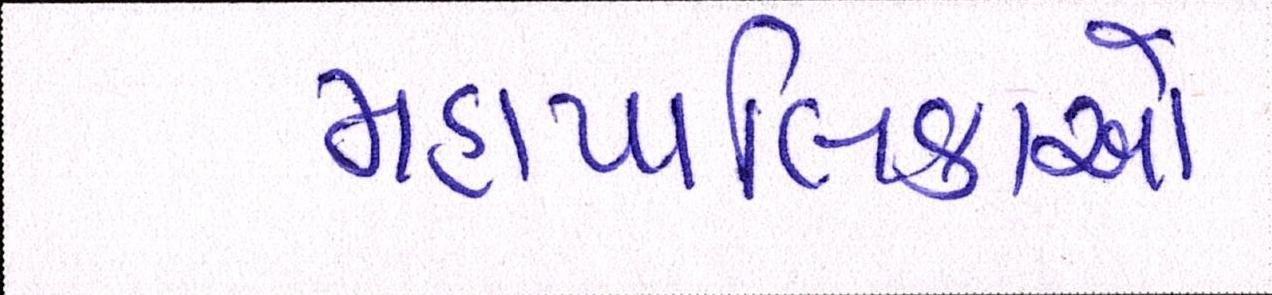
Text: મહાપાલિકાઓ